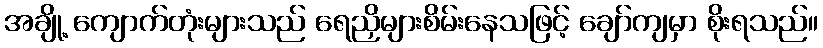
အချို့ ကျောက်တုံးများသည် ရေညှိများစိမ်းနေသဖြင့် ချော်ကျမှာ စိုးရသည်။